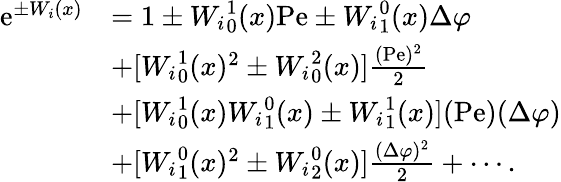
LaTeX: \begin{array}{rl}{\mathrm{e}^{\pm W_{i}(x)}}&{=1\pm{W_{i}}_{0}^{1}(x)\mathrm{Pe}\pm{W_{i}}_{1}^{0}(x)\Delta\varphi}\\ &{+[{W_{i}}_{0}^{1}(x)^{2}\pm{W_{i}}_{0}^{2}(x)]\frac{(\mathrm{Pe})^{2}}{2}}\\ &{+[{W_{i}}_{0}^{1}(x){W_{i}}_{1}^{0}(x)\pm{W_{i}}_{1}^{1}(x)](\mathrm{Pe})(\Delta\varphi)}\\ &{+[{W_{i}}_{1}^{0}(x)^{2}\pm{W_{i}}_{2}^{0}(x)]\frac{(\Delta\varphi)^{2}}{2}+\cdots.}\end{array}